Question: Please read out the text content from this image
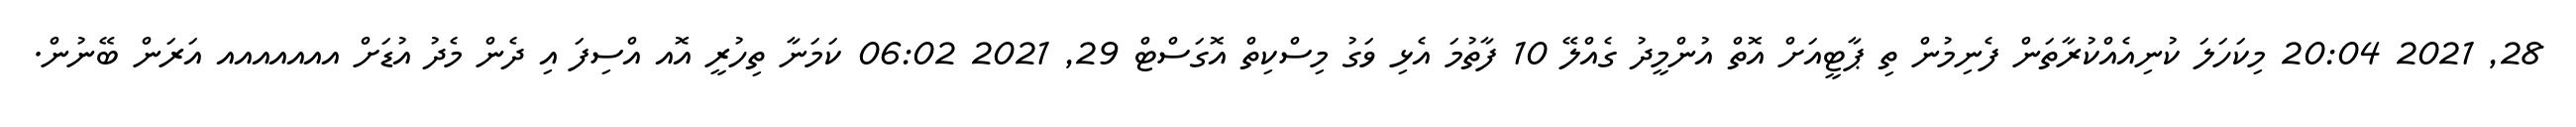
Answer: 28, 2021 20:04 މިކަހަލަ ކުނިއެއްކުރާތަން ފެނިމުން ތި ޕާޓީއަށް އޮތް އުންމީދު ގެއްލޭ 10 ފާތުމަ އެޅި ވަގު މިސްކިތް އޮގަސްޓް 29, 2021 06:02 ކަމަނާ ތިހުރީ އޮއ އްސިފަ އި ދެން މެދު އުޑަށް އއއއއއއ އަރަން ބޭނުން.